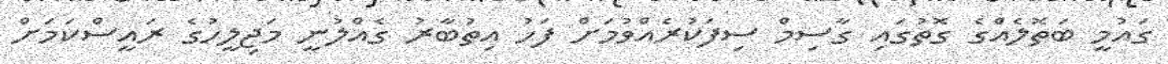
ގައުމީ ބަތޮލެއްގެ ގޮތުގައި ގާސިމް ސިފަކުރެއްވުމަށް ފަހު އިތުބާރު ގެއްލުނީ މަޖިލީހުގެ ރައީސްކަމަށް